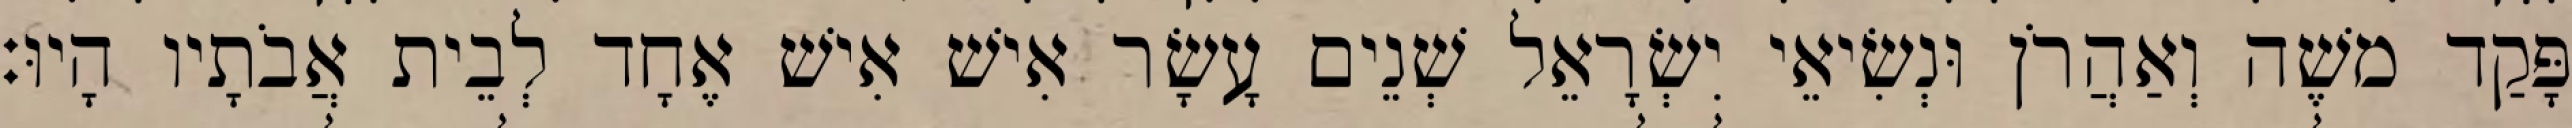
פָּקַד משֶׁה וְאַהֲרֹן וּנְשִׂיאֵי יִשְׂרָאֵל שְׁנֵים עָשָׂר אִישׁ אִישׁ אֶחָד לְבֵית אֲבֹתָיו הָיוּ׃